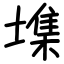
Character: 㙫